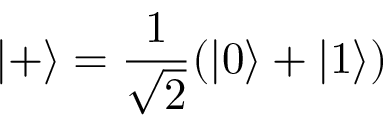
| + \rangle = \frac { 1 } { \sqrt { 2 } } ( | 0 \rangle + | 1 \rangle )